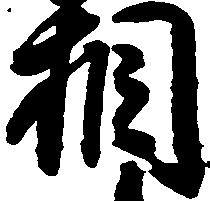
相